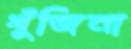
খুঁজিনা